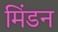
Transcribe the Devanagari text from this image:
मिंडन